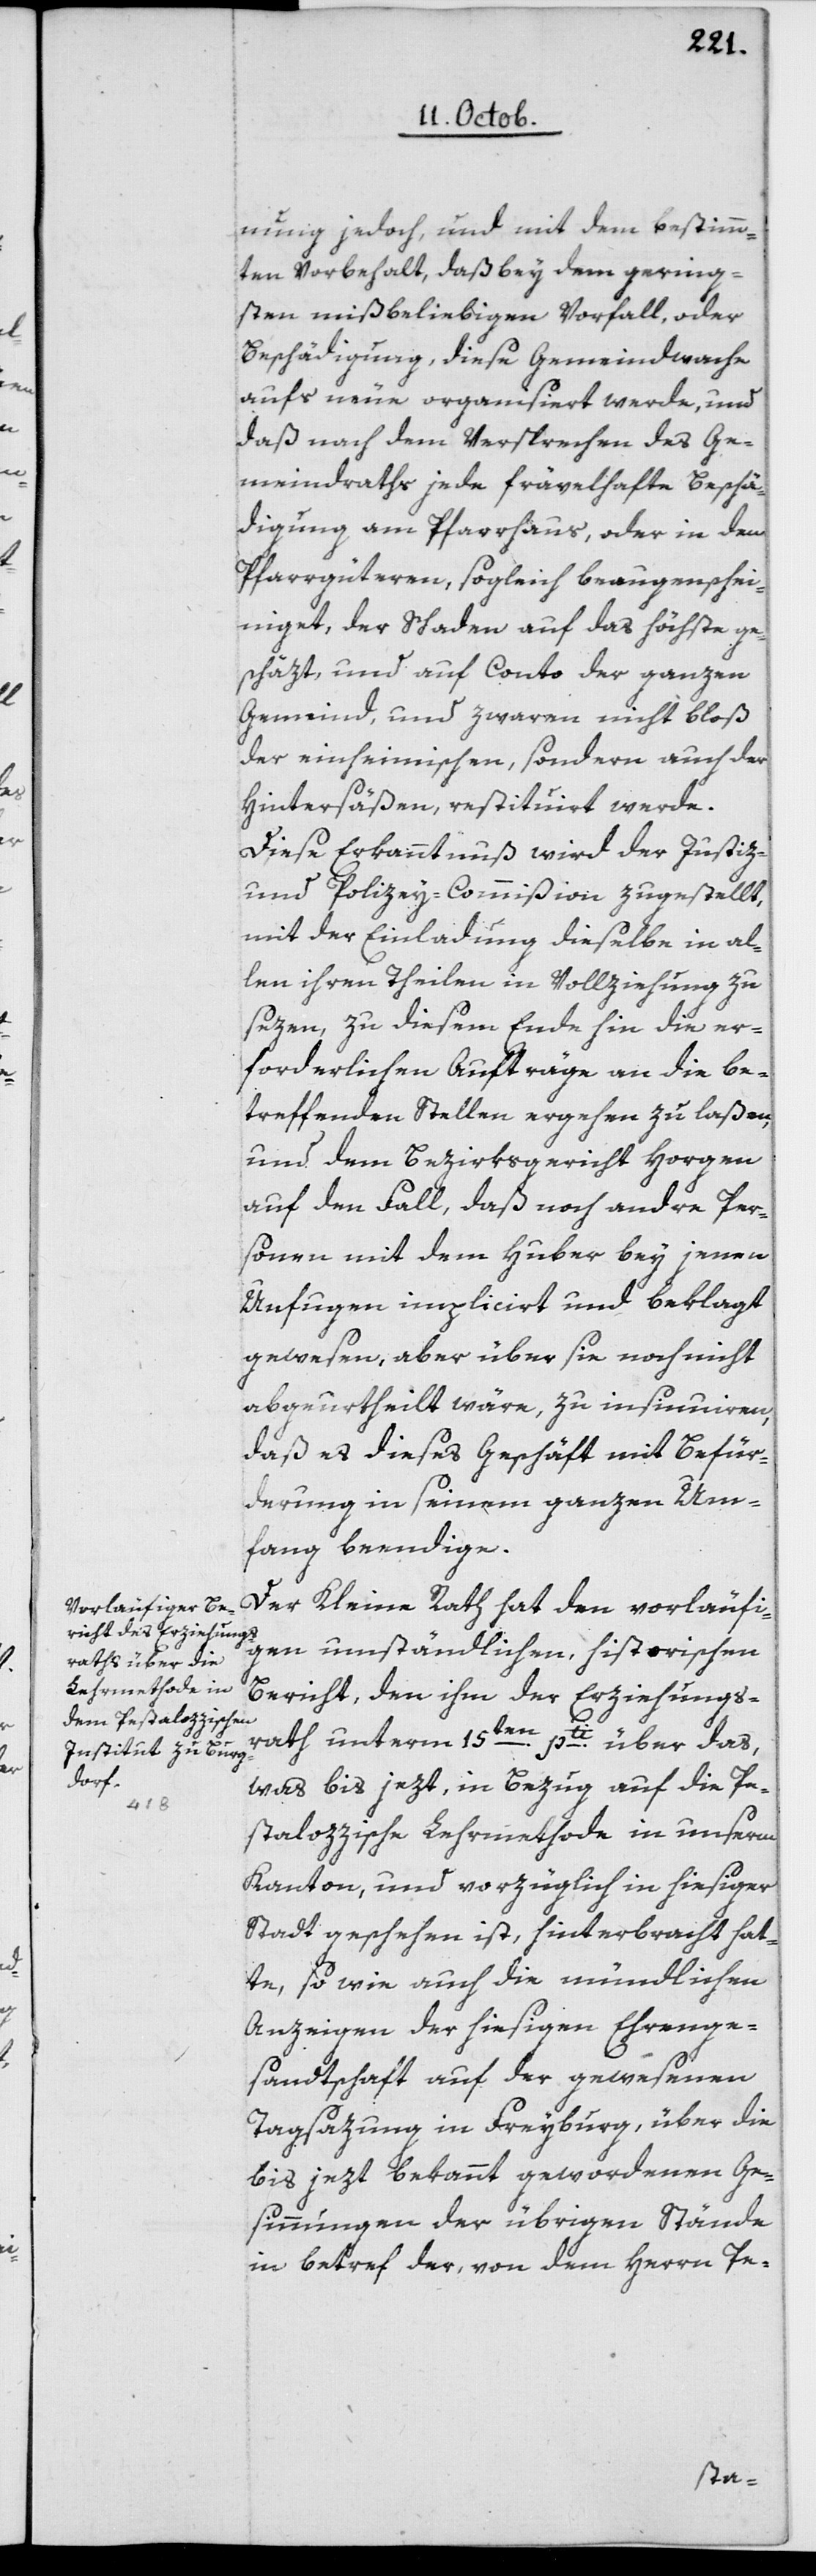
nung jedoch, und mit dem bestimm¬
ten Vorbehalt, daß bey dem gering¬
sten mißbeliebigen Vorfall, oder
Beschädigung, diese Gemeindwache
aufs Neue organisiert werde, und
daß nach dem Versprechen des Ge¬
meindraths jede frävelhafte Beschä¬
digung am Pfarrhaus oder in den
Pfarrgüteren, sogleich beaugenschei¬
niget, der Schaden auf das Höchste ge¬
schäzt, und auf Conto der ganzen
Gemeind, und zwaren nicht bloß
der einheimischen, sondern auch der
Hintersäßen, restituirt werde.
Diese Erkanntnuß wird der Justiz-
und Polizey-Commißion zugestellt,
mit der Einladung dieselbe in al¬
len ihren Theilen in Vollziehung zu
sezen, zu diesem Ende hin die er¬
forderlichen Aufträge an die be¬
treffenden Stellen ergehen zu laßen,
und dem Bezirksgericht Horgen
auf den Fall, daß noch andre Per¬
sonen mit dem Huber bey jenen
Unfugen implicirt und beklagt
gewesen, aber über sie noch nicht
abgeurtheilt wäre, zu insinuiren,
daß es dieses Geschäft mit Befür¬
derung in seinem ganzen Um¬
fang beendige.
Der Kleine Rath hat den vorläufi¬
gen umständlichen, historischen
Bericht, den ihm der Erziehungs¬
rath unterm 15ten
pti über das,
was bis jetzt, in Bezug auf die Pe¬
stalozzische Lehrmethode in unserm
Canton und vorzüglich in hiesiger
Stadt geschehen ist, hinterbracht hat¬
te, so wie auch die mündlichen
Anzeigen der hiesigen Ehrenge¬
sandtschaft auf der gewesenen
Tagsazung in Freyburg, über die
bis jezt bekannt gewordenen Ge¬
sinnungen der übrigen Stände
in Betref der, von dem Herrn Pe-